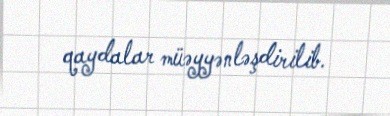
qaydalar müəyyənləşdirilib.